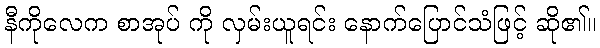
နီကိုလေက စာအုပ် ကို လှမ်းယူရင်း နောက်ပြောင်သံဖြင့် ဆို၏။